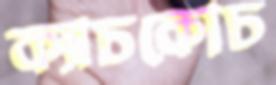
ক্যাচকোচ